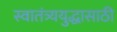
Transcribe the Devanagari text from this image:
स्वातंत्र्ययुद्धासाठी